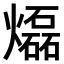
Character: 𤑭